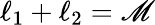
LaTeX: \ell_{1}+\ell_{2}=\mathscr{M}